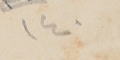
١٤٠